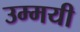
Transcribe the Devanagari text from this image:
उम्मयी